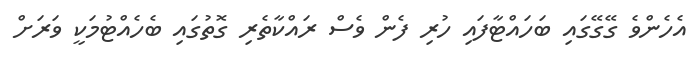
އެހެންވެ ގޭގޭގައި ބަހައްޓާފައި ހުރި ފެން ވެސް ރައްކާތެރި ގޮތުގައި ބެހެއްޓުމަކީ ވަރަށް